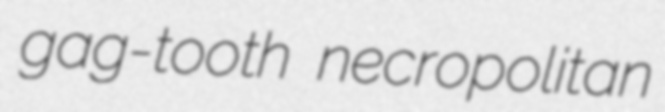
gag-tooth necropolitan